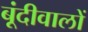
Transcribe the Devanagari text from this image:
बूंदीवालों